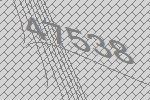
47538